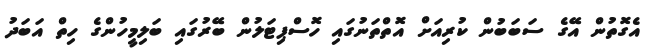
އެގޮތުން އޭގެ ސަބަބުން ކުރިއަށް އޮތްތަނުގައި ހޮސްޕިޓަލުން ބޭރުގައި ބަލިމީހުންގެ ހިތް އަބަދު